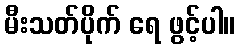
မီးသတ်ပိုက် ရေ ဖွင့်ပါ။